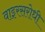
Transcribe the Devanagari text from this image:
वाइरसरोधी